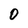
Character: 0